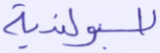
البولندية